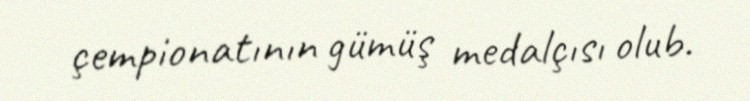
çempionatının gümüş medalçısı olub.